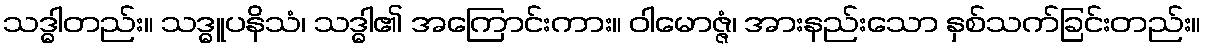
သဒ္ဓါတည်း။ သဒ္ဓူပနိသံ၊ သဒ္ဓါ၏ အကြောင်းကား။ ဝါမောဇ္ဇံ၊ အားနည်းသော နှစ်သက်ခြင်းတည်း။